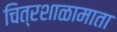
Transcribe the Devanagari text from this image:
चित्रशाळामाता